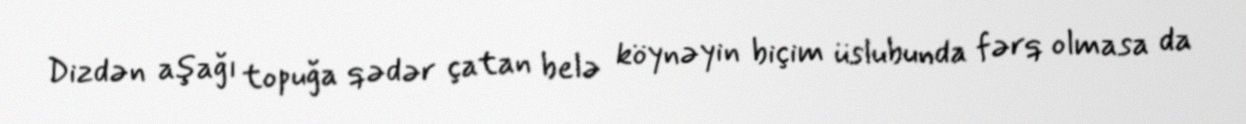
Dizdən aşağı topuğa qədər çatan belə köynəyin biçim üslubunda fərq olmasa da